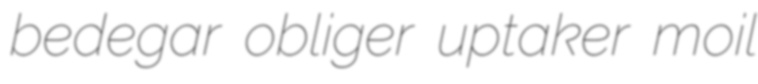
bedegar obliger uptaker moil